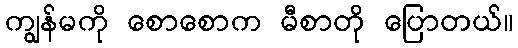
ကျွန်မကို စောစောက မီစာတို ပြောတယ်။